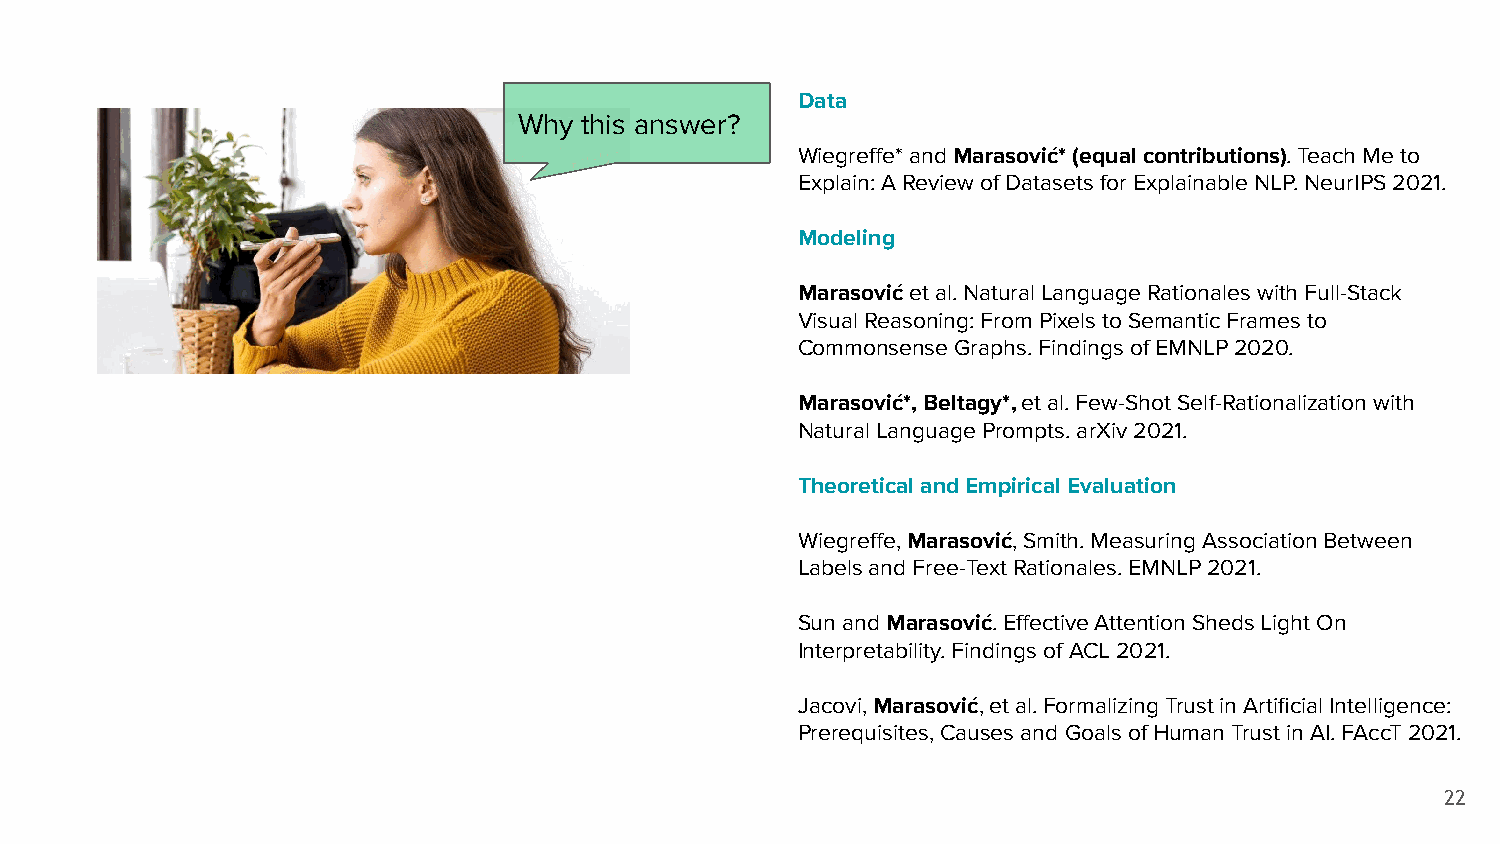
Data
 Why  this answer?
 Wiegreffe* and Marasović* (equal contributions). Teach Me to
 Explain: A Review of Datasets for Explainable NLP. NeurIPS 2021.
 Modeling
 Marasović et al. Natural Language Rationales with Full-Stack
 Visual Reasoning: From Pixels to Semantic Frames to
 Commonsense Graphs. Findings of EMNLP 2020.
 Marasović*, Beltagy*, et al. Few-Shot Self-Rationalization with
 Natural Language Prompts. arXiv 2021.
 Theoretical and Empirical Evaluation
 Wiegreffe, Marasović, Smith. Measuring Association Between
 Labels and Free-Text Rationales. EMNLP 2021.
 Sun and Marasović. Effective Attention Sheds Light On
 Interpretability. Findings of ACL 2021.
 Jacovi, Marasović, et al. Formalizing Trust in Artificial Intelligence:
 Prerequisites, Causes and Goals of Human Trust in AI. FAccT 2021.
 22